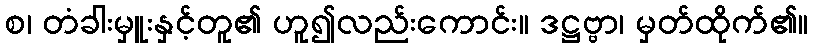
စ၊ တံခါးမှူးနှင့်တူ၏ ဟူ၍လည်းကောင်း။ ဒဋ္ဌဗ္ဗာ၊ မှတ်ထိုက်၏။